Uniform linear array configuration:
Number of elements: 8
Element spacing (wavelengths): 0.25
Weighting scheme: uniform
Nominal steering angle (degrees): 15
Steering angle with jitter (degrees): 14.877
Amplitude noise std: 0.05
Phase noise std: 0.05

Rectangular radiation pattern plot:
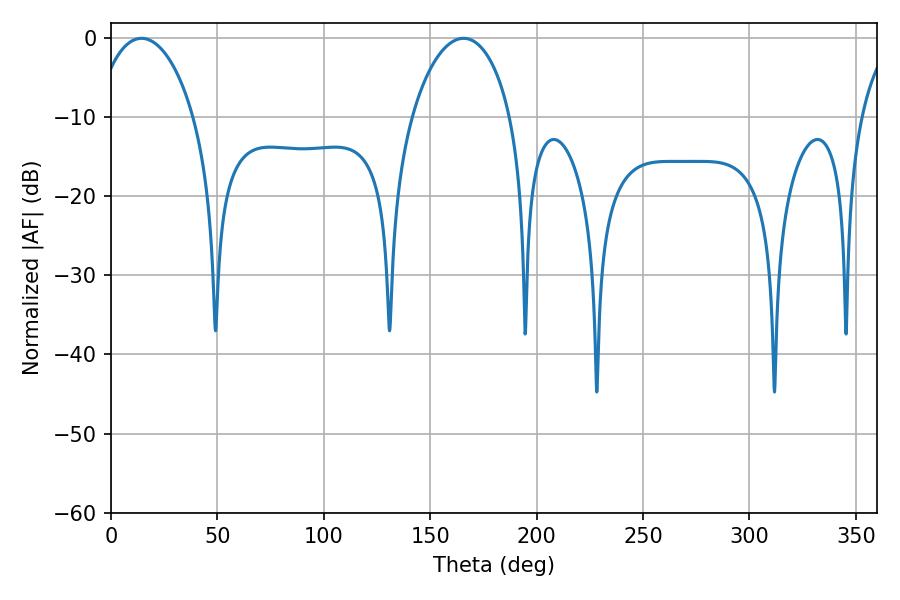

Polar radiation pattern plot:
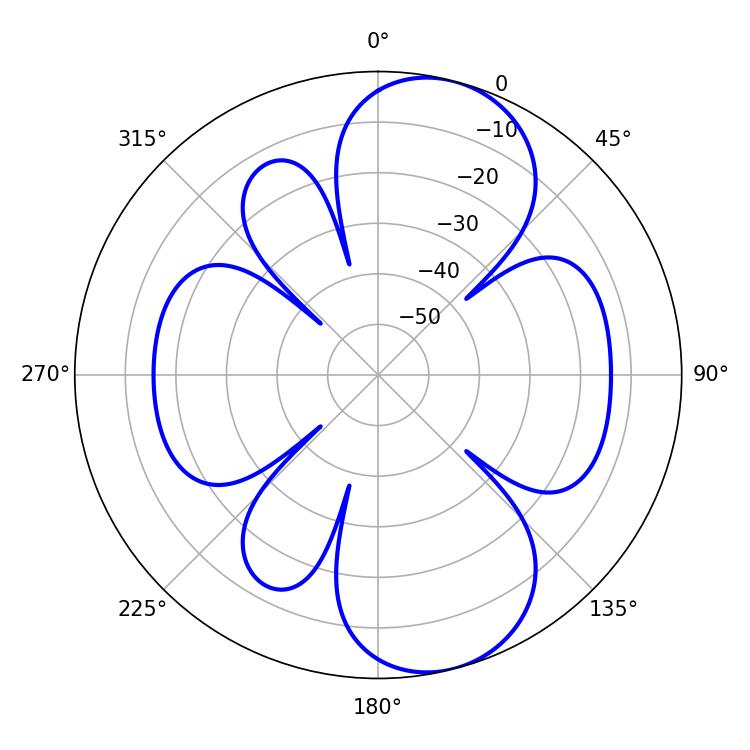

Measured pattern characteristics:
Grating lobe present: FALSE
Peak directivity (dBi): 9.063
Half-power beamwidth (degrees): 26.64
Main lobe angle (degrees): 14.4